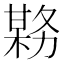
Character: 𫯊